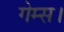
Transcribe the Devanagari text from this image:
गेम्स।